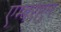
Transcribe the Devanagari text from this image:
एम्बराएर